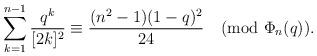
LaTeX: \begin{align*}\sum_{k=1}^{n-1}\frac{q^{k}}{[2k]^2}\equiv \frac{(n^2-1)(1-q)^2}{24} \pmod{\Phi_n(q)}. \end{align*}